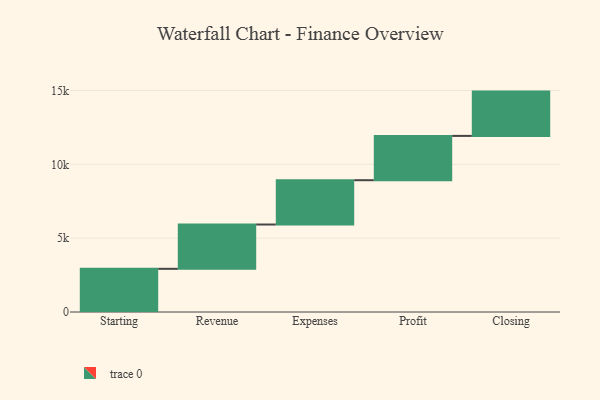
{"axis": {"x": "Step", "y": "Value"}, "legend": [""], "data": [{"x": "Starting", "y": 2924.0, "type": ""}, {"x": "Revenue", "y": 3000, "type": ""}, {"x": "Expenses", "y": 3000, "type": ""}, {"x": "Profit", "y": 3000, "type": ""}, {"x": "Closing", "y": 3000, "type": ""}]}